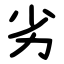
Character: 劣